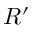
R ^ { \prime }